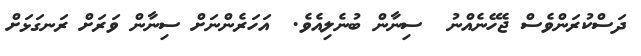
ދަސްކުރަންވެސް ޖެހޭނެއްނު  ސިނާން ބުނެލިއެވެ.  އަހަރެންނަށް ސިނާން ވަރަށް ރަނގަޅަށް